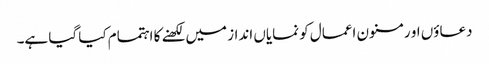
دعاؤں او رمسنون اعمال کو نمایاں انداز میں لکھنے کا اہتمام کیا گیا ہے۔